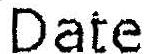
DATE